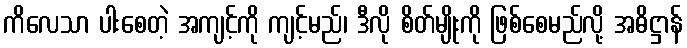
ကိလေသာ ပါးစေတဲ့ အကျင့်ကို ကျင့်မည်၊ ဒီလို စိတ်မျိုးကို ဖြစ်စေမည်လို့ အဓိဋ္ဌာန်